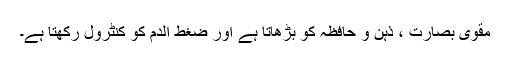
مقوی بصارت ، ذہن و حافظہ کو بڑھاتا ہے اور ضغط الدم کو کنٹرول رکھتا ہے۔